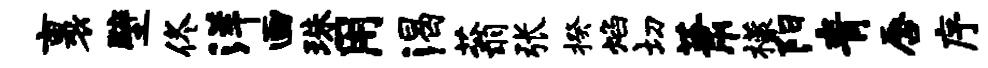
裹壁佟洋画珠用渴蓊张揆焰切萧檬阳青唇序